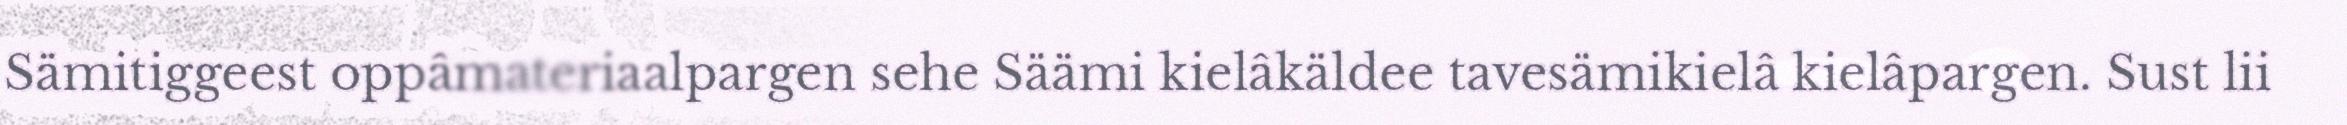
Sämitiggeest oppâmateriaalpargen sehe Säämi kielâkäldee tavesämikielâ kielâpargen. Sust lii